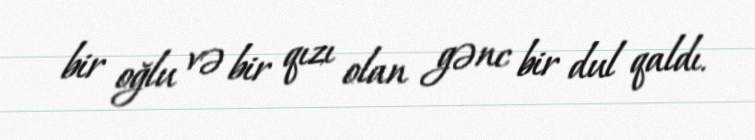
bir oğlu və bir qızı olan gənc bir dul qaldı.